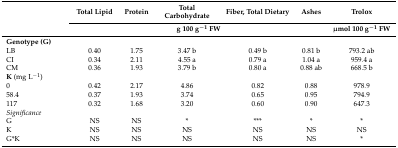
<table><thead><tr><td></td><td><b>Total Lipid</b></td><td><b>Protein</b></td><td><b>Total Carbohydrate</b></td><td><b>Fiber, Total Dietary</b></td><td><b>Ashes</b></td><td><b>Trolox </b></td></tr><tr><td></td><td colspan="5"><b>g 100 g<sup>−1</sup> FW</b></td><td><b>μmol 100 g<sup>−1</sup> FW</b></td></tr></thead><tbody><tr><td><b>Genotype (G)</b></td><td></td><td></td><td></td><td></td><td></td><td></td></tr><tr><td>LB</td><td>0.40</td><td>1.75</td><td>3.47 b</td><td>0.49 b</td><td>0.81 b</td><td>793.2 ab</td></tr><tr><td>CI</td><td>0.34</td><td>2.11</td><td>4.55 a</td><td>0.79 a</td><td>1.04 a</td><td>959.4 a</td></tr><tr><td>CM</td><td>0.36</td><td>1.93</td><td>3.79 b</td><td>0.80 a</td><td>0.88 ab</td><td>668.5 b</td></tr><tr><td><b>K</b> (mg L<sup>−1</sup>)</td><td></td><td></td><td></td><td></td><td></td><td></td></tr><tr><td>0</td><td>0.42</td><td>2.17</td><td>4.86</td><td>0.82</td><td>0.88</td><td>978.9</td></tr><tr><td>58.4</td><td>0.37</td><td>1.93</td><td>3.74</td><td>0.65</td><td>0.95</td><td>794.9</td></tr><tr><td>117</td><td>0.32</td><td>1.68</td><td>3.20</td><td>0.60</td><td>0.90</td><td>647.3</td></tr><tr><td><i>Significance</i></td><td></td><td></td><td></td><td></td><td></td><td></td></tr><tr><td>G</td><td>NS</td><td>NS</td><td>*</td><td>***</td><td>*</td><td>*</td></tr><tr><td>K</td><td>NS</td><td>NS</td><td>NS</td><td>NS</td><td>NS</td><td>NS</td></tr><tr><td>G*K</td><td>NS</td><td>NS</td><td>NS</td><td>NS</td><td>NS</td><td>*</td></tr></tbody></table>